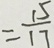
= \frac { 1 5 } { 1 7 }